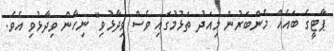
ޕާޓީގެ ބައެއް މެންބަރުން މިއަދު ތަޅުމުގައި ވެސް ވިދާޅުވި" ނިހާން ވިދާޅުވި އެވެ.